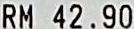
RM 42.90